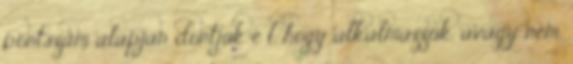
pontszam alapjan dontjuk e l, hogy alkalmazzuk, avagy nem.